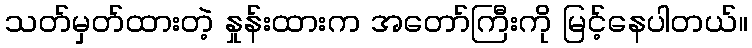
သတ်မှတ်ထားတဲ့ နှုန်းထားက အတော်ကြီးကို မြင့်နေပါတယ်။